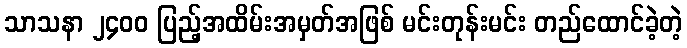
သာသနာ ၂၄၀၀ ပြည့်အထိမ်းအမှတ်အဖြစ် မင်းတုန်းမင်း တည်ထောင်ခဲ့တဲ့